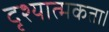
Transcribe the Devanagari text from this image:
दृश्यात्मकता।